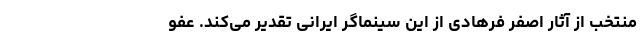
منتخب از آثار اصفر فرهادی از این سینماگر ایرانی تقدیر می‌کند. عفو